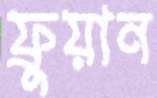
ফ্রুয়ান